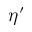
\eta ^ { \prime }